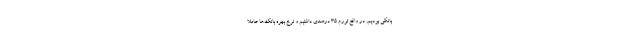
بانکی بودیم. در واقع تورم ۳۵ درصدی داشتیم و نرخ بهره بانک‌ها عاملا